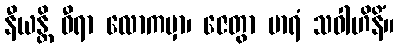
နီယန္တိ ဓီရာ လောကမှာ၊ ဇေတွာ မာရံ သဝါဟိနိံ။